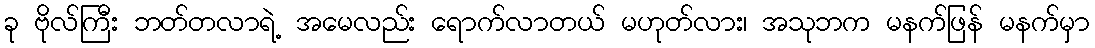
ခု ဗိုလ်ကြီး ဘတ်တလာရဲ့ အမေလည်း ရောက်လာတယ် မဟုတ်လား၊ အသုဘက မနက်ဖြန် မနက်မှာ